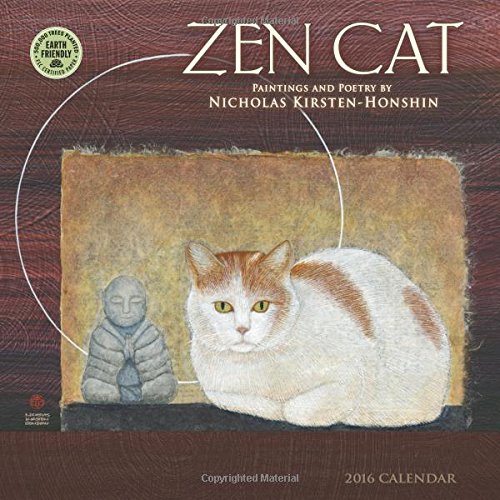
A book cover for Zen Cat 2016 Wall Calendar; Nicholas Kirsten-Honshin; Calendars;